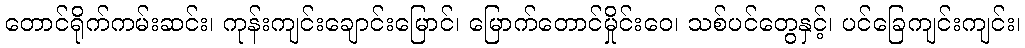
တောင်ရိုက်ကမ်းဆင်း၊ ကုန်းကျင်းချောင်းမြောင်၊ မြောက်တောင်မှိုင်းဝေ၊ သစ်ပင်တွေနှင့်၊ ပင်ခြေကျင်းကျင်း၊